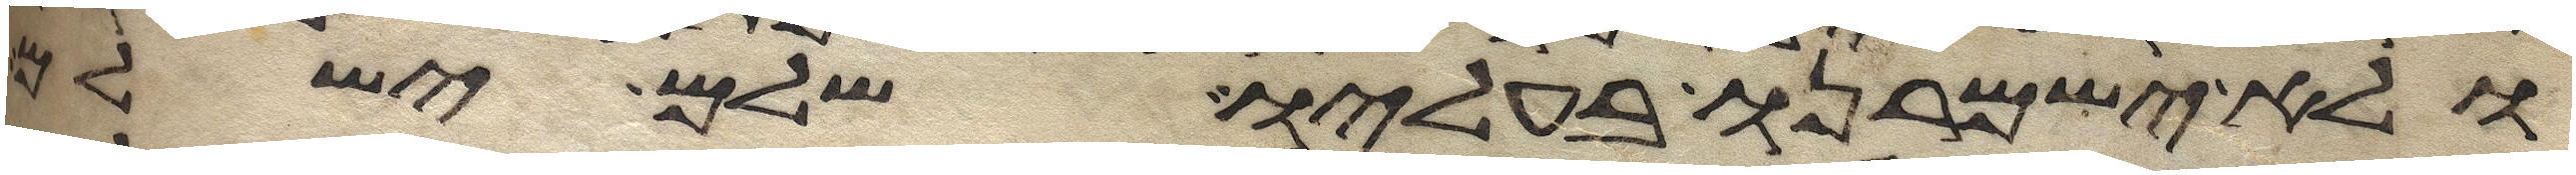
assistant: ולא ישמרנו בעליו שלם ישלם